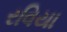
રવિયા